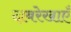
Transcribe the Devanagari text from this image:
दाबरेखाएँ